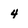
Character: 4